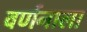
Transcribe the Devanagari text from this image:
वर्णनाला